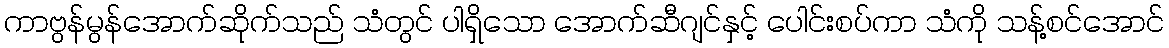
ကာဗွန်မွန်အောက်ဆိုက်သည် သံတွင် ပါရှိသော အောက်ဆီဂျင်နှင့် ပေါင်းစပ်ကာ သံကို သန့်စင်အောင်